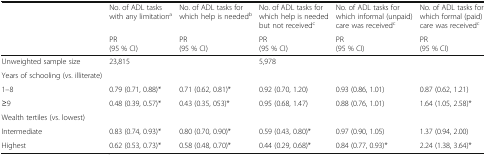
<table><thead><tr><td></td><td><b>No. of ADL tasks with any limitation<sup>a</sup></b></td><td><b>No. of ADL tasks for which help is needed<sup>b</sup></b></td><td><b>No. of ADL tasks for which help is needed but not received<sup>c</sup></b></td><td><b>No. of ADL tasks for which informal (unpaid) care was received<sup>c</sup></b></td><td><b>No. of ADL tasks for which formal (paid) care was received<sup>c</sup></b></td></tr><tr><td></td><td><b>PR(95 % CI)</b></td><td><b>PR(95 % CI)</b></td><td><b>PR(95 % CI)</b></td><td><b>PR(95 % CI)</b></td><td><b>PR(95 % CI)</b></td></tr></thead><tbody><tr><td>Unweighted sample size</td><td colspan="2">23,815</td><td colspan="3">5,978</td></tr><tr><td>Years of schooling (vs. illiterate)</td><td></td><td></td><td></td><td></td><td></td></tr><tr><td>1–8</td><td>0.79 (0.71, 0.88)*</td><td>0.71 (0.62, 0.81)*</td><td>0.92 (0.70, 1.20)</td><td>0.93 (0.86, 1.01)</td><td>0.87 (0.62, 1.21)</td></tr><tr><td>≥9</td><td>0.48 (0.39, 0.57)*</td><td>0.43 (0.35, 053)*</td><td>0.95 (0.68, 1.47)</td><td>0.88 (0.76, 1.01)</td><td>1.64 (1.05, 2.58)*</td></tr><tr><td>Wealth tertiles (vs. lowest)</td><td></td><td></td><td></td><td></td><td></td></tr><tr><td>Intermediate</td><td>0.83 (0.74, 0.93)*</td><td>0.80 (0.70, 0.90)*</td><td>0.59 (0.43, 0.80)*</td><td>0.97 (0.90, 1.05)</td><td>1.37 (0.94, 2.00)</td></tr><tr><td>Highest</td><td>0.62 (0.53, 0.73)*</td><td>0.58 (0.48, 0.70)*</td><td>0.44 (0.29, 0.68)*</td><td>0.84 (0.77, 0.93)*</td><td>2.24 (1.38, 3.64)*</td></tr></tbody></table>